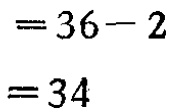
\[
\begin{align*}
&=36 - 2\\
&=34
\end{align*}
\]